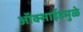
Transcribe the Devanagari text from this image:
ऑक्साईडमुळे